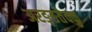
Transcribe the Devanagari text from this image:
अरङ्ङतेक्कु